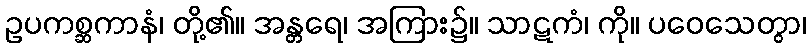
ဥပကစ္ဆကာနံ၊ တို့၏။ အန္တရေ၊ အကြား၌။ သာဋကံ၊ ကို။ ပဝေသေတွာ၊